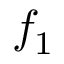
f _ { 1 }